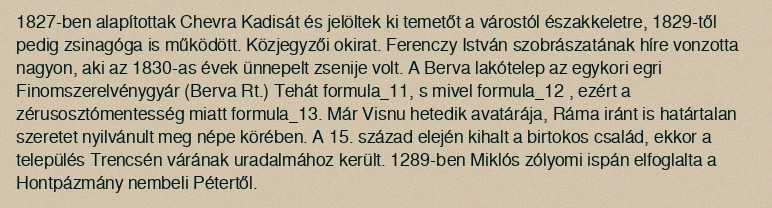
1827-ben alapítottak Chevra Kadisát és jelöltek ki temetőt a várostól északkeletre, 1829-től pedig zsinagóga is működött. Közjegyzői okirat. Ferenczy István szobrászatának híre vonzotta nagyon, aki az 1830-as évek ünnepelt zsenije volt. A Berva lakótelep az egykori egri Finomszerelvénygyár (Berva Rt.) Tehát formula_11, s mivel formula_12 , ezért a zérusosztómentesség miatt formula_13. Már Visnu hetedik avatárája, Ráma iránt is határtalan szeretet nyilvánult meg népe körében. A 15. század elején kihalt a birtokos család, ekkor a település Trencsén várának uradalmához került. 1289-ben Miklós zólyomi ispán elfoglalta a Hontpázmány nembeli Pétertől.